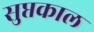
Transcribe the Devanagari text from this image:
सुप्तकाल